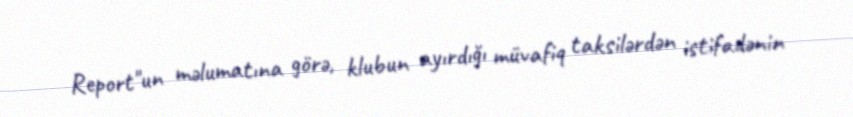
Report"un məlumatına görə, klubun ayırdığı müvafiq taksilərdən istifadənin